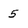
Character: 5